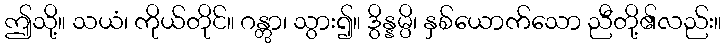
ဤသို့။ သယံ၊ ကိုယ်တိုင်။ ဂန္တွာ၊ သွား၍။ ဒွိန္နမ္ပိ၊ နှစ်ယောက်သော ညီတို့၏လည်း။